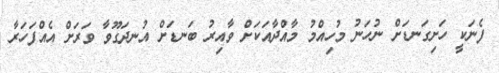
ފެނަކީ ހަށިގަނޑަށް ނުހަނު މުހިއްމު މާއްދާއަކަށް ވާއިރު ބަނޑަށް އުނދަގޫވާ ވަރަށް އެއްފަަހަރާ